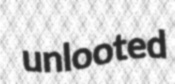
unlooted